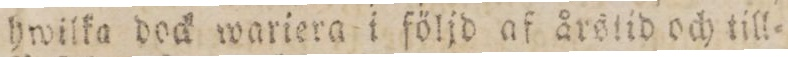
hwilka dock wariera i följd af årstid och till=